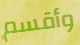
وأقسم